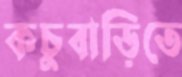
কচুবাড়িতে